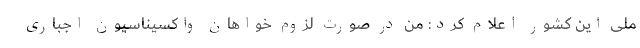
ملی این کشور اعلام کرد: من در صورت لزوم خواهان واکسیناسیون اجباری